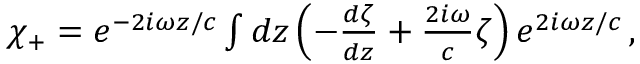
\begin{array} { r } { \chi _ { + } = e ^ { - 2 i \omega z / c } \int d z \left( - \frac { d \zeta } { d z } + \frac { 2 i \omega } { c } \zeta \right) e ^ { 2 i \omega z / c } \, , } \end{array}